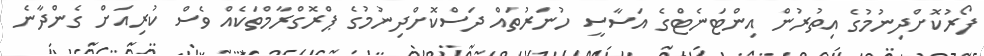
ފޯރުކޮށްދިނުމުގެ އިތުރުން އިންޓަނެޓްގެ އަސާސީ ހުނަރުތައް ދަސްކޮށްދިނުމުގެ ޕްރޮގްރާމްތަކެއް ވެސް ކުރިއަށް ގެންދާނެ